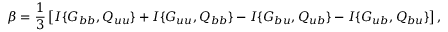
\beta = \frac { 1 } { 3 } \left[ { I \{ { G _ { b b } , Q _ { u u } } \} + I \{ { G _ { u u } , Q _ { b b } } \} - I \{ { G _ { b u } , Q _ { u b } } \} - I \{ { G _ { u b } , Q _ { b u } } \} } \right] ,